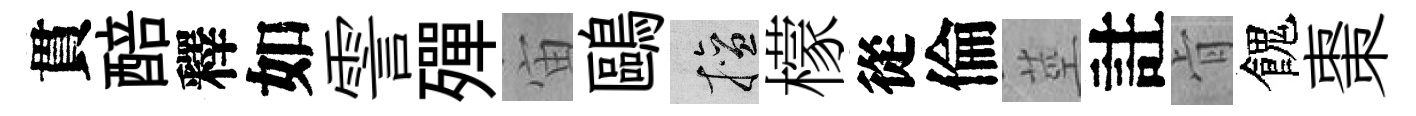
貫醅釋如霅殫宙鷗擅檬從倫莖註肻餽棗